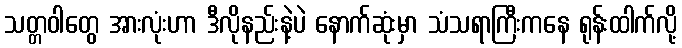
သတ္တဝါတွေ အားလုံးဟာ ဒီလိုနည်းနဲ့ပဲ နောက်ဆုံးမှာ သံသရာကြီးကနေ ရုန်းထါက်လို့